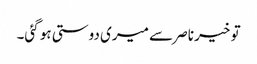
تو خیر ناصر سے میری دوستی ہو گئی۔